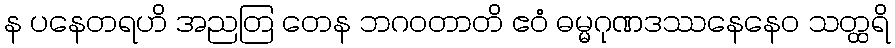
န ပနေတရဟိ အညတြ တေန ဘဂဝတာတိ ဧဝံ ဓမ္မဂုဏဒဿနေနေဝ သတ္ထရိ